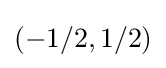
\left(-1/2,1/2\right)